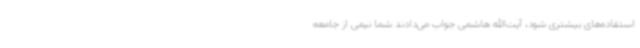
استفاده‌های بیشتری شود، آیت‌الله هاشمی جواب می‌دادند شما نیمی از جامعه